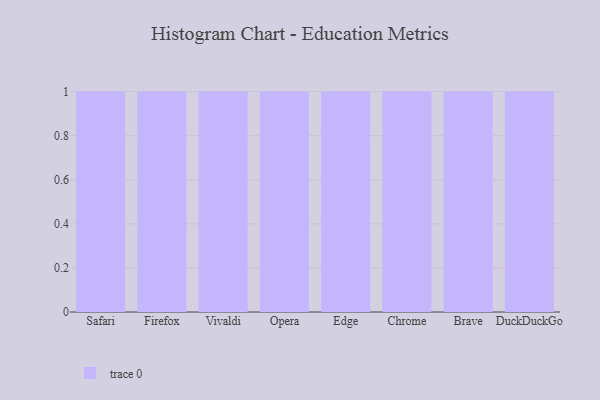
{"axis": {"x": "Browser", "y": "Latency (ms)"}, "legend": [""], "data": [{"x": "Safari", "y": 58, "type": ""}, {"x": "Firefox", "y": 8, "type": ""}, {"x": "Vivaldi", "y": 29, "type": ""}, {"x": "Opera", "y": 81, "type": ""}, {"x": "Edge", "y": 89, "type": ""}, {"x": "Chrome", "y": 77, "type": ""}, {"x": "Brave", "y": 100, "type": ""}, {"x": "DuckDuckGo", "y": 74, "type": ""}]}